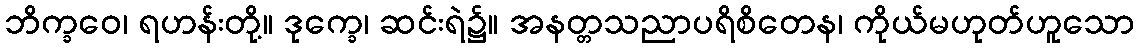
ဘိက္ခဝေ၊ ရဟန်းတို့။ ဒုက္ခေ၊ ဆင်းရဲ၌။ အနတ္တသညာပရိစိတေန၊ ကိုယ်မဟုတ်ဟူသော